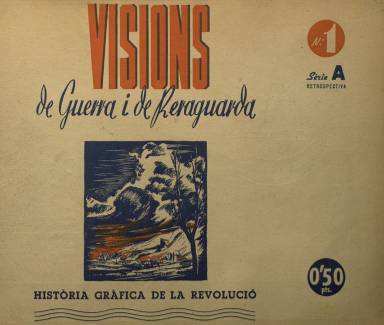
Título: Visions de guerra i de reraguarda. Sèrie A, Retrospectiva
Otros títulos: Retrospectiva || Visiones de guerra y de retaguardia || Visiones de guerra y de retaguardia. Serie A, Retrospectiva
Colección: Guerra civil
Ámbito geográfico: Barcelona
Lugar de publicación: Barcelona
Fechas: 24/04/1937-09/10/1937